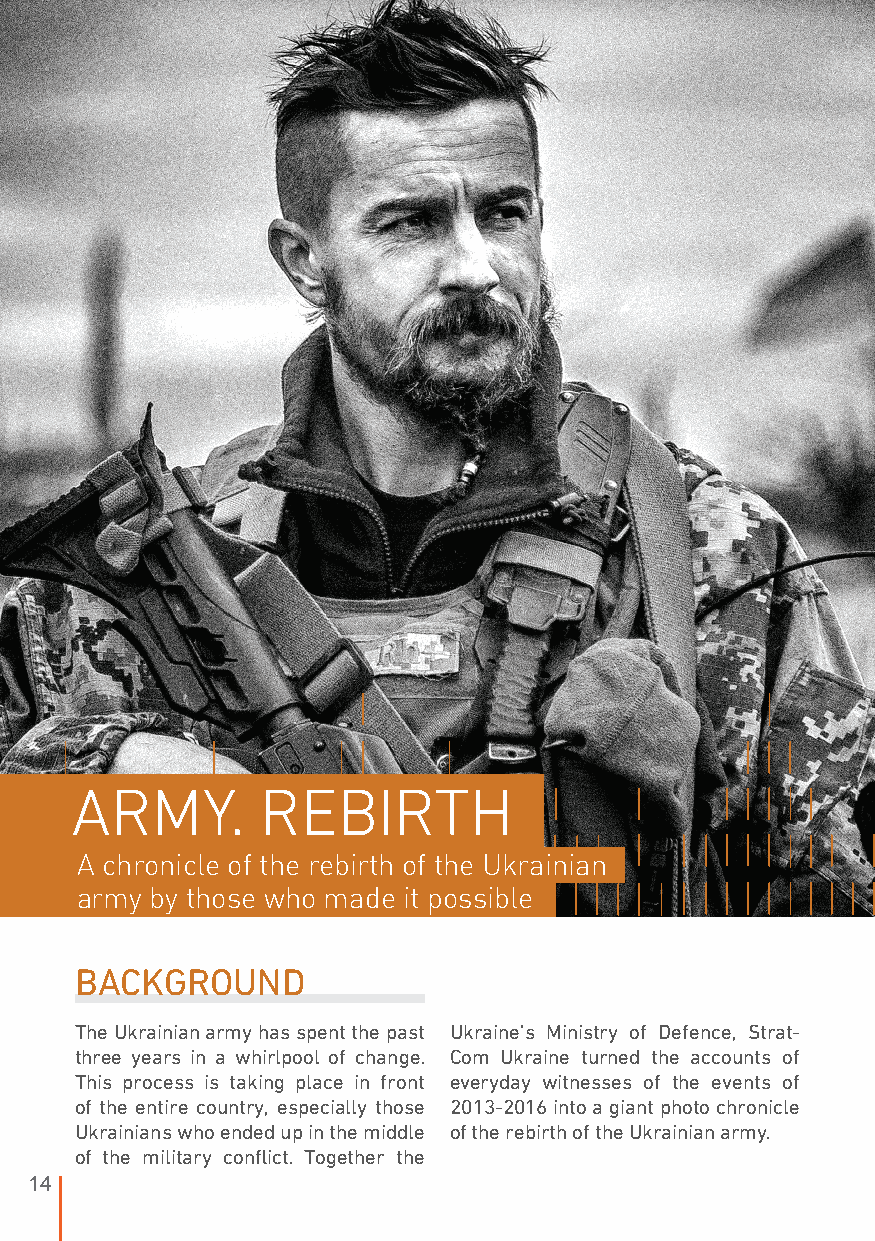
ARMY.       REBIRTH
 A chronicle of the rebirth of the Ukrainian
 army by those who made it possible
 BACKGROUND
 The Ukrainian army has spent the past Ukraine’s Ministry of Defence, Strat-
 three years in a whirlpool of change. Com Ukraine turned the accounts of
 This process is taking place in front everyday witnesses of the events of
 of the entire country, especially those 2013-2016 into a giant photo chronicle
 Ukrainians who ended up in the middle of the rebirth of the Ukrainian army.
 of the military conflict. Together the
 14